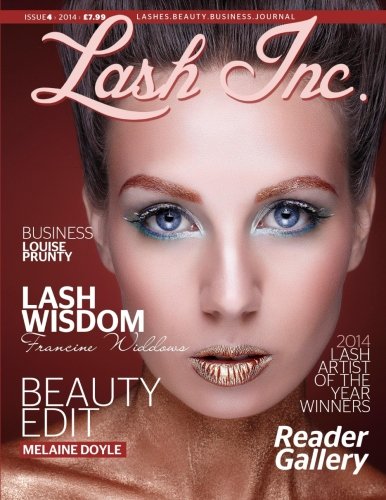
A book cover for Lash Inc: Issue 4; Louise Prunty; Education & Teaching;